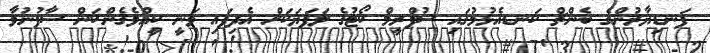
ފަނޑިޔާރުންގެ ބެންޗް ކަނޑއެޅުމުގައި ސުޕްރީމް ކޯޓުގެ ލަފަޔަކަށް އެދިފައި ވަނީ ކީއްވެގެންކަން ސާފުނުވާ